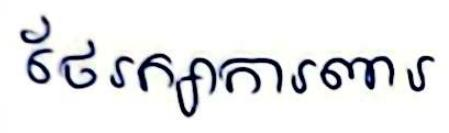
ថែរក្សាការពារ